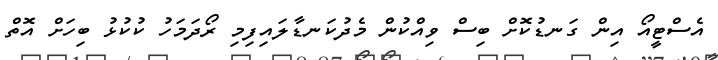
އެސްޓީއޯ އިން ގަނޑުކޮށް ބިސް ވިއްކުން މެދުކަނޑާލައިފިމި ރޯދަމަހު ކުކުޅު ބިހަށް އޮތް